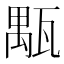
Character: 㼴